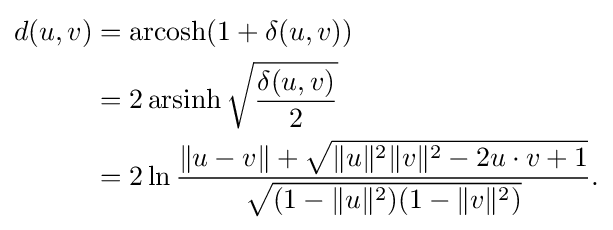
{\begin{aligned}d(u,v)&=\operatorname {arcosh} (1+\delta (u,v))\\&=2\operatorname {arsinh} {\sqrt {\frac {\delta (u,v)}{2}}}\\\,&=2\ln {\frac {\lVert u-v\rVert +{\sqrt {\lVert u\rVert ^{2}\lVert v\rVert ^{2}-2u\cdot v+1}}}{\sqrt {(1-\lVert u\rVert ^{2})(1-\lVert v\rVert ^{2})}}}.\end{aligned}}